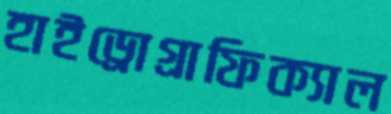
হাইড্রোগ্রাফিক্যাল